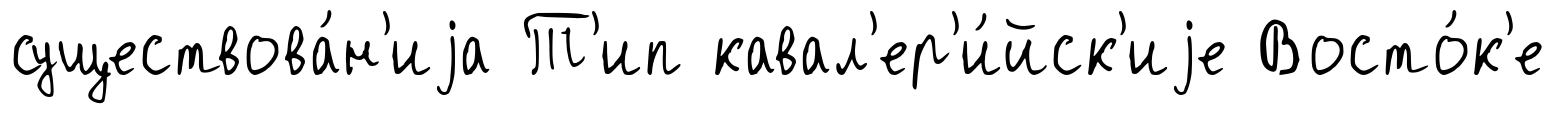
существова́н'иjа Т'ип кавал'ер'и́йск'иjе Восто́к'е